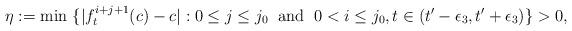
LaTeX: \begin{align*}\eta := \min\ \{|f_t^{i+j+1}(c) - c| : 0\le j \le j_0 \mbox{\; and \;} 0< i \le j_0, t \in (t'-\epsilon_3, t'+ \epsilon_3)\} >0,\end{align*}